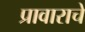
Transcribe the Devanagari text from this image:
प्रावाराचे